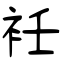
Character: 衽